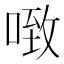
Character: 𰈂